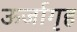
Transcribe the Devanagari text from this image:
ऊर्जागृह